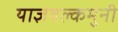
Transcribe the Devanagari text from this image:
याज्ञवल्कमुनी